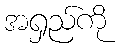
အရှည်ကို